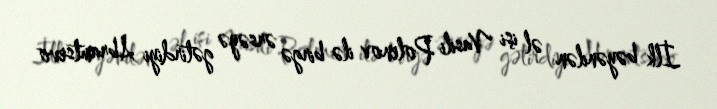
İlk bəyənilən əl işi Vasili Polenov ilə birgə ərsəyə gətirdiyi Abramtsevo